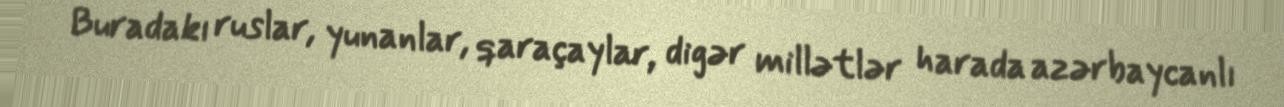
Buradakı ruslar, yunanlar, qaraçaylar, digər millətlər harada azərbaycanlı